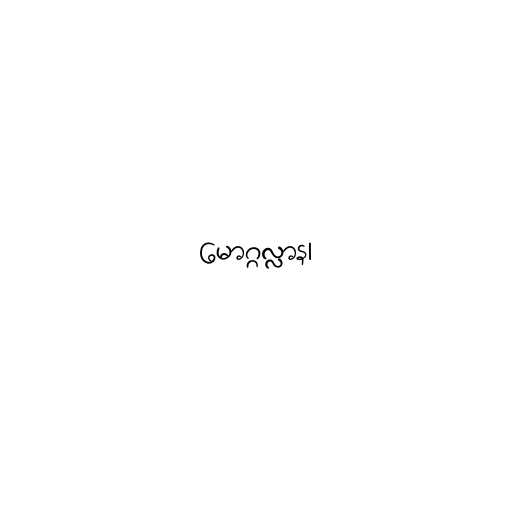
မောဂ္ဂလ္လာန၊